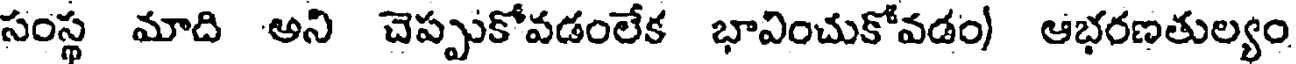
సంస్థ మాది అని చెప్పుకోవడంలేక భావించుకోవడం) ఆభరణతుల్యం